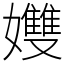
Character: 孇